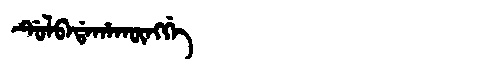
Manchu: ᡩᡠᠯᠪᠠᡩᠠᡥᠠᡴᡡᠩᡤᡝ
Romanization: DULBADAHAKŪNGGE